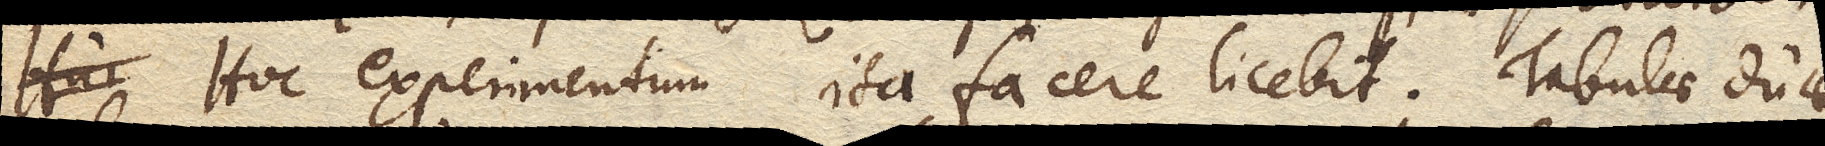
Hoc experimentum ita facere licebit. Tabulae duae